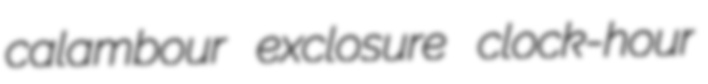
calambour exclosure clock-hour